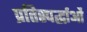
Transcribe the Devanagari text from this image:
प्रतिस्पर्द्धाओं